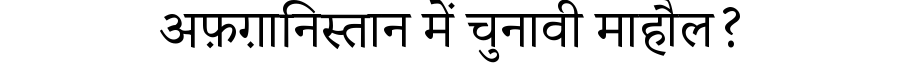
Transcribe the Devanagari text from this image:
अफ़ग़ानिस्तान में चुनावी माहौल?